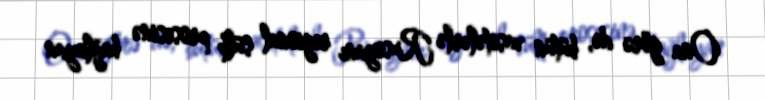
Ona görə də, bütün vasitələrlə Rusiyanı regional sülh prosesinə bağlayan